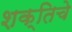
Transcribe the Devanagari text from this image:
शक्तिचे